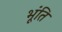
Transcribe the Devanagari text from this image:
भूंति